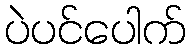
ပဲပင်ပေါက်